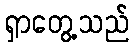
ရှာတွေ့သည်